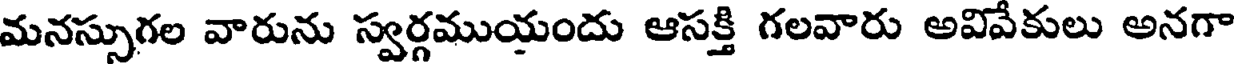
మనస్సుగల వారును స్వర్గముయందు ఆసక్తి గలవారు అవివేకులు అనగా